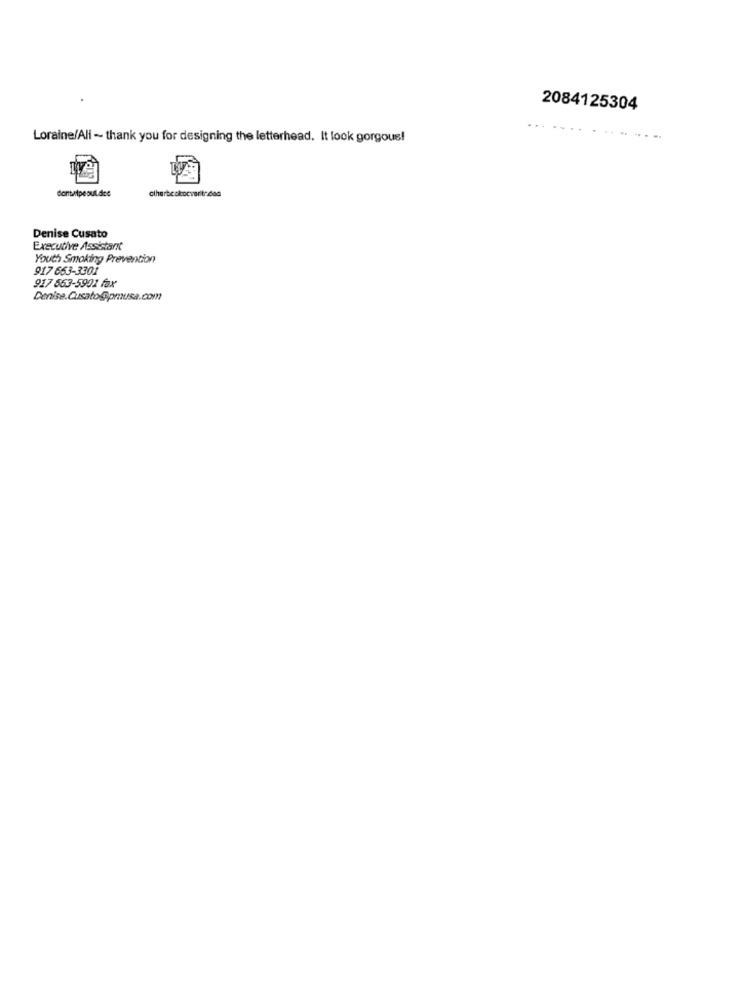
2084125304
...
Loraine/Ali - thank you for designing the letterhead. It look gorgous!
dontwipeout.dice
ciherbeckocvarit:daa
Denise Cusato
Executive Assistant
Youth Smoking Prevention
917 653-3301
917 863-5901 fax
Denise.Cusato@prusa.com